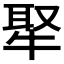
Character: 𤚉